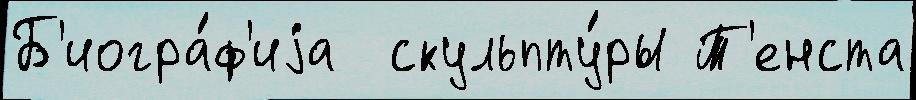
Б'иогра́ф'иjа  скульпту́ры Т'енста